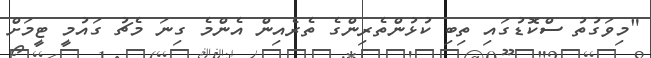
"މިވަގުތު ސްކޮޑުގައި ތިބި ކުޅުންތެރިންގެ ތެރެއިން އެންމެ ގިނަ މެޗު ގައުމީ ޓީމަށް